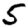
Digit: 5